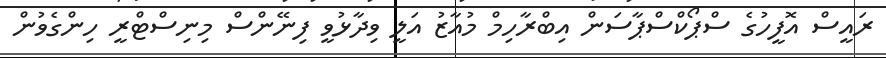
ރައީސް އޮފީހުގެ ސްޕޯކްސްޕާސަން އިބްރާހިމް މުއާޒު އަލީ ވިދާޅުވީ ފިނޭންސް މިނިސްޓްރީ ހިންގެވުން